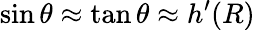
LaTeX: \sin\theta\approx\tan\theta\approx h^{\prime}(R)